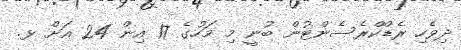
ދިވެހި ރެޑްކްރެސެންޓުން ބުނީ މި މަހުގެ 17 އިން 24 އަށް ޅ.